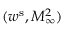
( w ^ { \mathrm { s } } , M _ { \infty } ^ { 2 } )